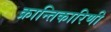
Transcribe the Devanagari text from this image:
क्रान्तिकारिणी